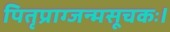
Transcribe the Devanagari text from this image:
पितृप्राग्जन्मसूचकः।